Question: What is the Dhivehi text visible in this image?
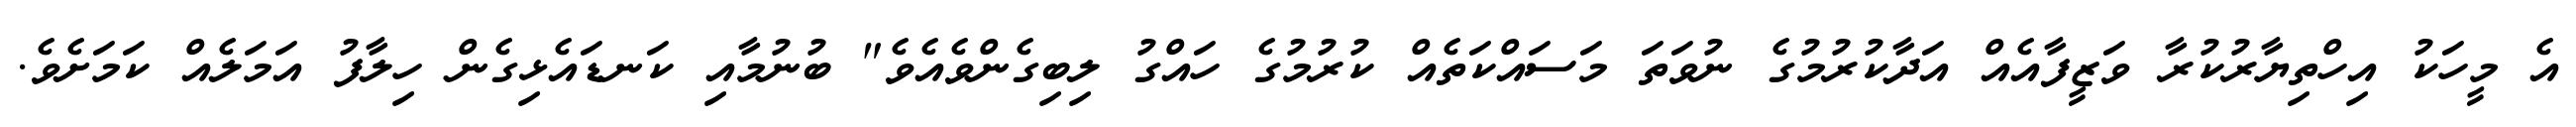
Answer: އެ މީހަކު އިހްތިޔާރުކުރާ ވަޒީފާއެއް އަދާކުރުމުގެ ނުވަތަ މަސައްކަތެއް ކުރުމުގެ ހައްގު ލިބިގެންވެއެވެ" ބުނުމާއި ކަނޑައެޅިގެން ހިލާފު އަމަލެއް ކަމަށެވެ.